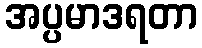
အပ္ပမာဒရတာ